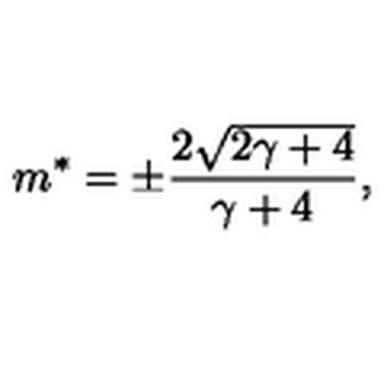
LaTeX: m \sp * = \pm { \frac { 2 \sqrt { 2 \gamma + 4 } } { \gamma + 4 } } ,